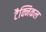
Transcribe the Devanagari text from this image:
टैक्निकल